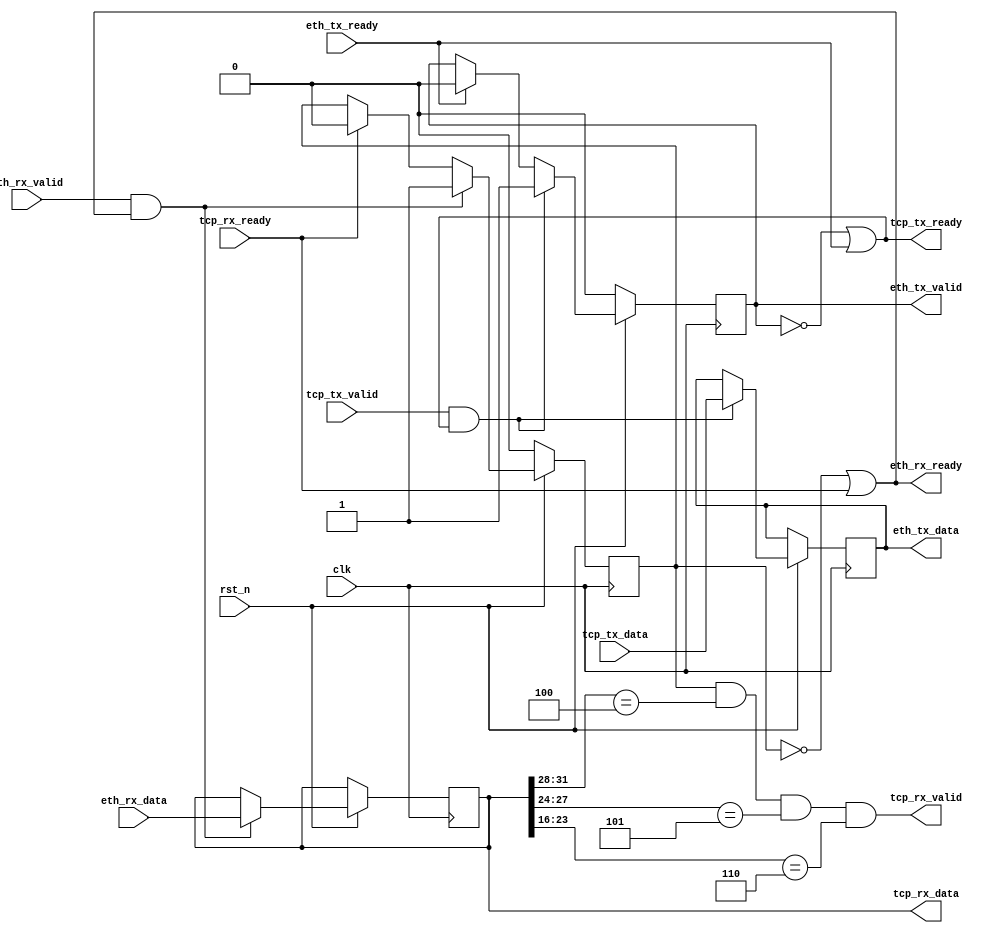
`timescale 1ns / 1ps
//////////////////////////////////////////////////////////////////////////////////
// Company: 
// Engineer: 
// 
// Design Name: 
// Module Name: ip_layer
// Project Name: 
// Target Devices: 
// Tool Versions: 
// Description: 
// 
// Dependencies: 
// 
// Revision:
// Revision 0.01 - File Created
// Additional Comments:
// 
//////////////////////////////////////////////////////////////////////////////////


module ip_layer (
  input wire clk,
  input wire rst_n,
  // Ethernet layer interface
  input wire [31:0] eth_rx_data,
  input wire eth_rx_valid,
  output wire eth_rx_ready,
  output wire [31:0] eth_tx_data,
  output wire eth_tx_valid,
  input wire eth_tx_ready,
  // TCP layer interface
  output wire [31:0] tcp_rx_data,
  output wire tcp_rx_valid,
  input wire tcp_rx_ready,
  input wire [31:0] tcp_tx_data,
  input wire tcp_tx_valid,
  output wire tcp_tx_ready
);

  // IP packet parameters
  parameter IP_VERSION = 4'h4;
  parameter IP_IHL = 4'h5;
  parameter IP_TOS = 8'h00;
  parameter IP_TTL = 8'h40;
  parameter IP_PROTOCOL_TCP = 8'h06;
  parameter IP_ADDR_LOCAL = 32'hC0A80001; // 192.168.0.1
  parameter IP_ADDR_REMOTE = 32'hC0A80002; // 192.168.0.2

  // Packet buffers
  reg [31:0] rx_buffer;
  reg rx_buffer_valid;
  reg [31:0] tx_buffer;
  reg tx_buffer_valid;

  // IP layer logic
  always @(posedge clk) begin
    if (!rst_n) begin
      // Reset logic
      rx_buffer_valid <= 0;
      tx_buffer_valid <= 0;
    end else begin
      // Receive packet
      if (eth_rx_valid && eth_rx_ready) begin
        rx_buffer <= eth_rx_data;
        rx_buffer_valid <= 1;
      end else if (tcp_rx_ready) begin
        rx_buffer_valid <= 0;
      end

      // Transmit packet
      if (tcp_tx_valid && tcp_tx_ready) begin
        tx_buffer <= {IP_VERSION, IP_IHL, IP_TOS, tcp_tx_data[15:0], 16'h0000, IP_TTL, IP_PROTOCOL_TCP, 16'h0000, IP_ADDR_LOCAL, IP_ADDR_REMOTE, tcp_tx_data};
        tx_buffer_valid <= 1;
      end else if (eth_tx_ready) begin
        tx_buffer_valid <= 0;
      end
    end
  end

  // Receive path
  assign tcp_rx_data = rx_buffer;
  assign tcp_rx_valid = rx_buffer_valid && (rx_buffer[31:28] == IP_VERSION) && (rx_buffer[27:24] == IP_IHL) && (rx_buffer[23:16] == IP_PROTOCOL_TCP);
  assign eth_rx_ready = !rx_buffer_valid || tcp_rx_ready;

  // Transmit path
  assign eth_tx_data = tx_buffer;
  assign eth_tx_valid = tx_buffer_valid;
  assign tcp_tx_ready = !tx_buffer_valid || eth_tx_ready;

endmodule